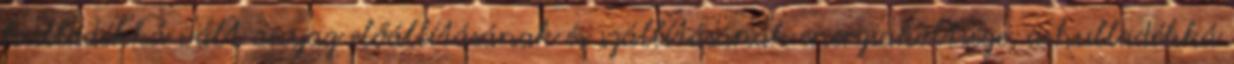
hulladékká vált anyag előállításának és szállításának energiaköltsége; a hulladékká